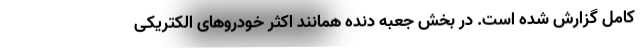
کامل گزارش شده است. در بخش جعبه دنده همانند اکثر خودروهای الکتریکی